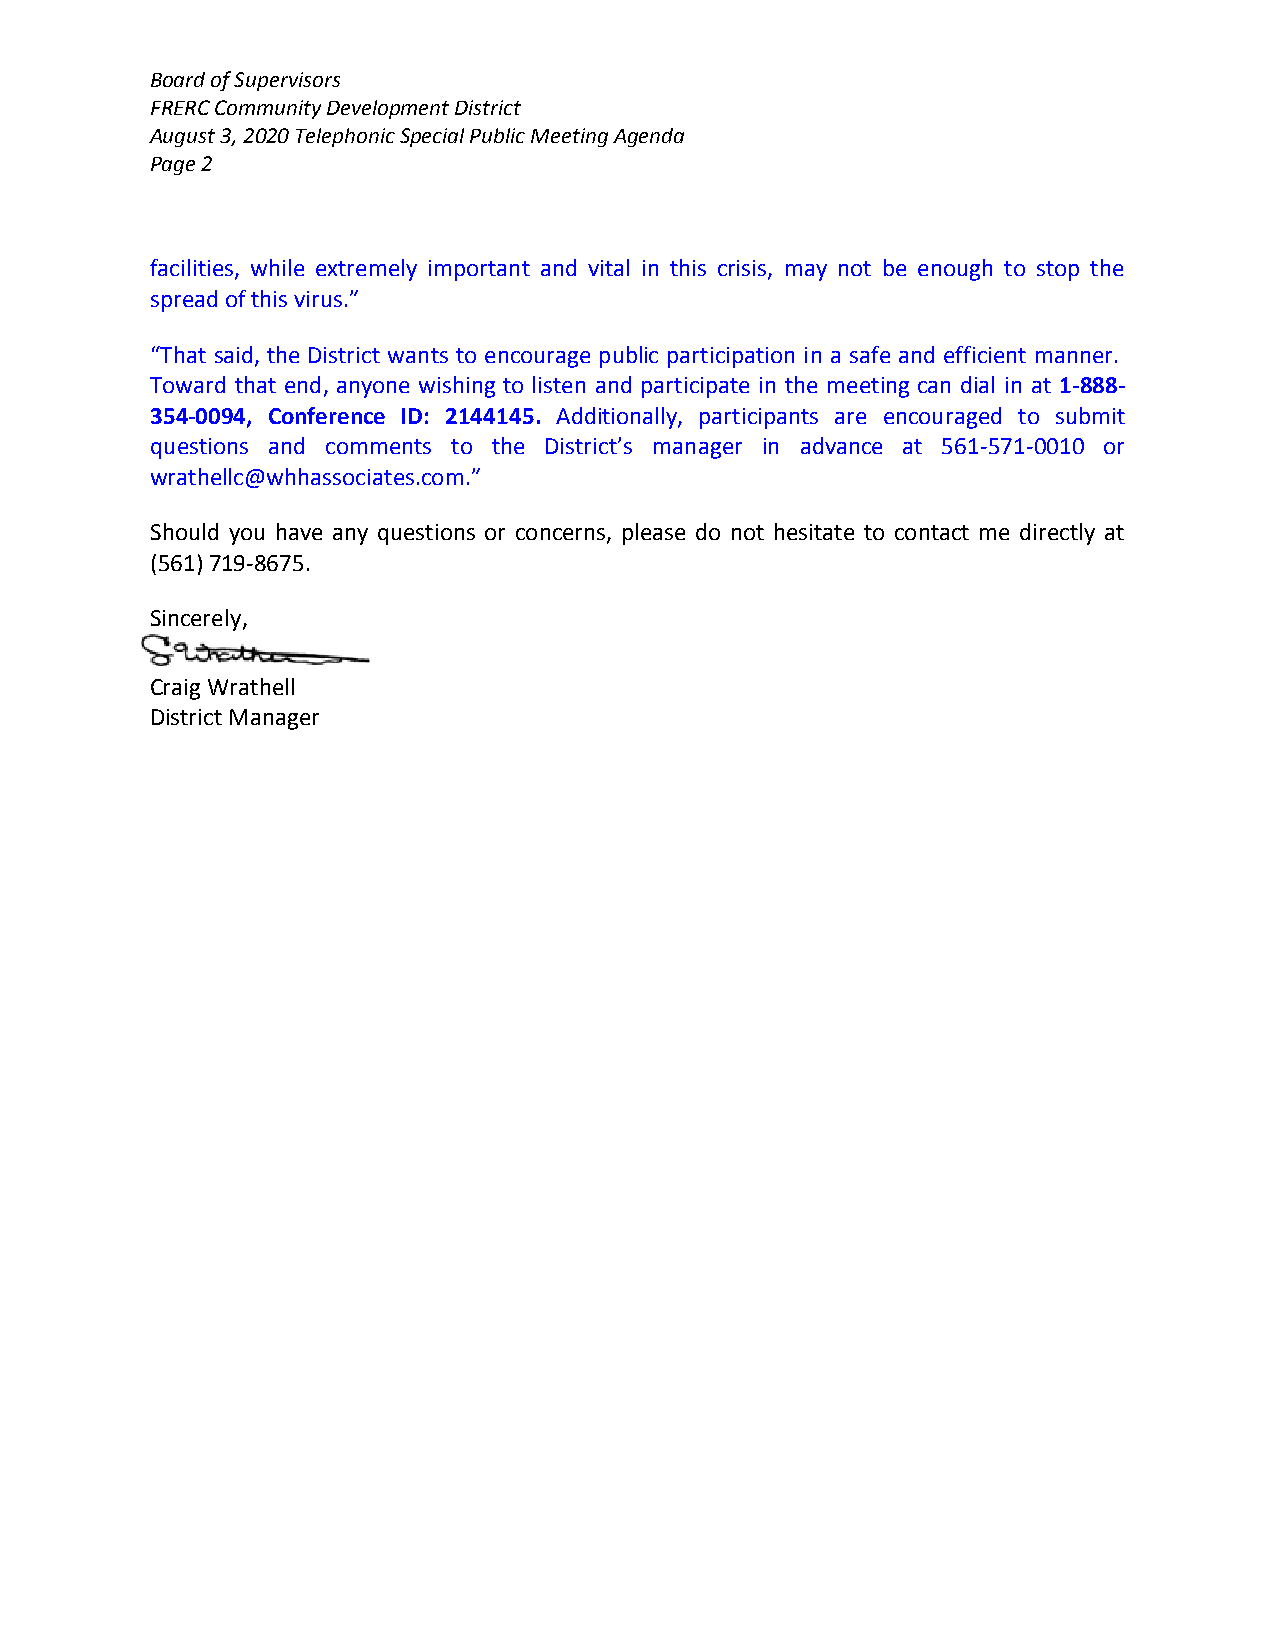
Board of Supervisors
 FRERC Community Development District
 August 3, 2020 Telephonic Special Public Meeting Agenda
 Page 2
 facilities, while extremely important and vital in this crisis, may not be enough to stop the
 spread of this virus.”
 “That said, the District wants to encourage public participation in a safe and efficient manner.
 Toward that end, anyone wishing to listen and participate in the meeting can dial in at 1-888-
 354-0094, Conference ID: 2144145. Additionally, participants are encouraged to submit
 questions and comments to the District’s manager in advance at 561-571-0010 or
 wrathellc@whhassociates.com.”
 Should you have any questions or concerns, please do not hesitate to contact me directly at
 (561) 719-8675.
 Sincerely,
 Craig Wrathell
 District Manager